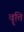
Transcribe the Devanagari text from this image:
वॄत्ति